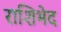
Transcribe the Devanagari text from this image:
राशिभेद